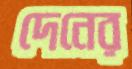
দেনের